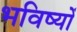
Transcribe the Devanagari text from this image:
भविष्यों